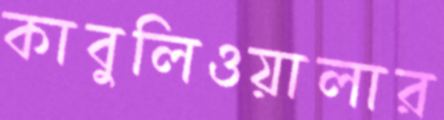
কাবুলিওয়ালার